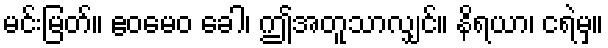
မင်းမြတ်။ ဧဝမေဝ ခေါ၊ ဤအတူသာလျှင်။ နိရယာ၊ ငရဲမှ။